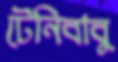
টেনিবাবু